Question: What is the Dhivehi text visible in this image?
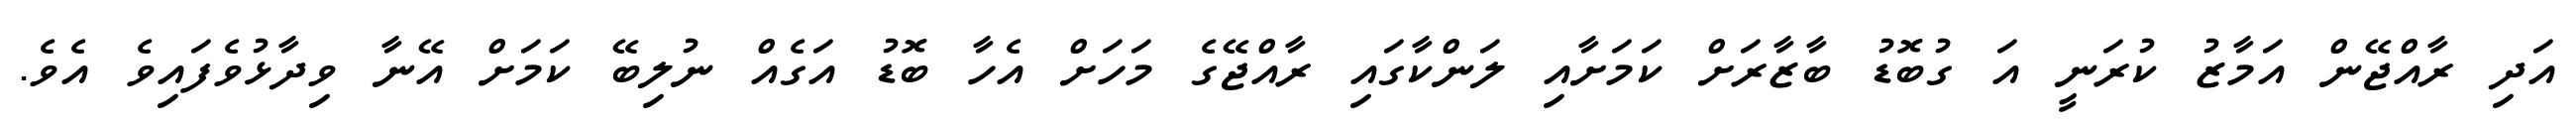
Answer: އަދި ރާއްޖޭން އަމާޒު ކުރަނީ އަ ގުބޮޑު ބާޒާރަށް ކަމަށާއި ލަންކާގައި ރާއްޖޭގެ މަހަށް އެހާ ބޮޑު އަގެއް ނުލިބޭ ކަމަށް އޭނާ ވިދާޅުވެފައިވެ އެވެ.